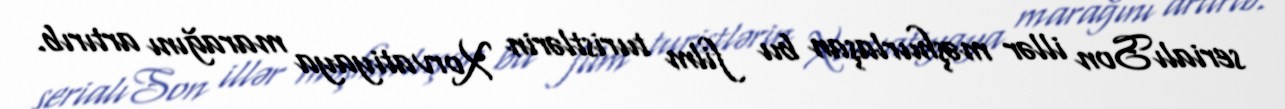
serialıSon illər məşhurlaşan bu film turistlərin Xorvatiyaya marağını artırıb.